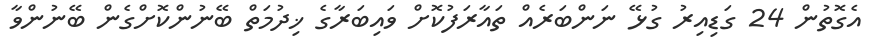
އެގޮތުން 24 ގަޑިއިރު ގުޅޭ ނަންބަރެއް ތައާރަފުކޮށް ވައިބަރާގެ ޚިދުމަތް ބޭނުންކޮށްގެން ބޭނުންވާ